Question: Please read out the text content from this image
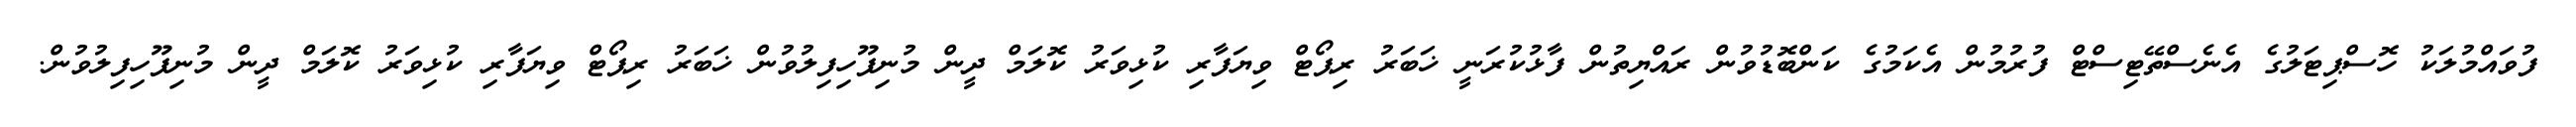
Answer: ފުވައްމުލަކު ހޮސްޕިޓަލުގެ އެނެސްތޭޓިސްޓް ފުރުމުން އެކަމުގެ ކަންބޮޑުވުން ރައްޔިތުން ފާޅުކުރަނީ ޚަބަރު ރިޕޯޓް ވިޔަފާރި ކުޅިވަރު ކޮލަމް ދީން މުނިފޫހިފިލުވުން ޚަބަރު ރިޕޯޓް ވިޔަފާރި ކުޅިވަރު ކޮލަމް ދީން މުނިފޫހިފިލުވުން.